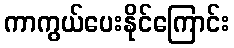
ကာကွယ်ပေးနိုင်ကြောင်း